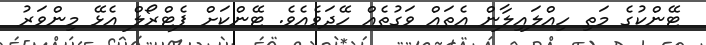
ޓޭންކުގެ މަތި ހިއްލައިލާން އެތައް ވަގުތެއް ހޭދަވެއެވެ. ޓޭންކަށް ޕެޓްރޯލް އެޅޭ މިންވަރު